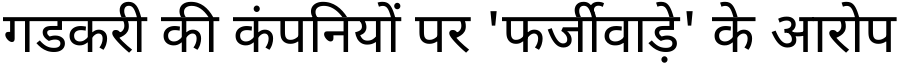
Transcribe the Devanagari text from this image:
गडकरी की कंपनियों पर 'फर्जीवाड़े' के आरोप